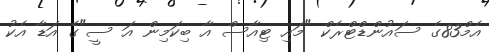
އެމް83ގެ ސައުންޑްޓްރެކް "މައި ޓިއާސް އާ ބިކަމިން އަ ސީ"ގެ އަޑާ އެކު